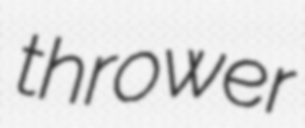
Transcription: thrower